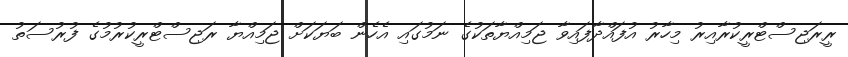
ރީރަޖިސްޓްރީކުރާއިރު މިހާރު އުފައްދާފައިވާ ޖަމިއްޔާތަކުގެ ނަމުގައި އެހެން ބަޔަކަށް ޖަމިއްޔާ ރަޖިސްޓްރީކުރުމުގެ ފުރުސަތު